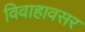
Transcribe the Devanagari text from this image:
विवाहावसर